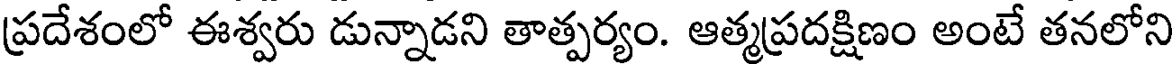
ప్రదేశంలో ఈశ్వరు డున్నాడని తాత్పర్యం. ఆత్మప్రదక్షిణం అంటే తనలోని